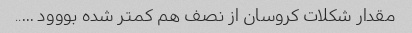
مقدار شکلات کروسان از نصف هم کمتر شده بووود …..